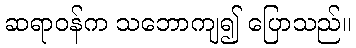
ဆရာဝန်က သဘောကျ၍ ပြောသည်။